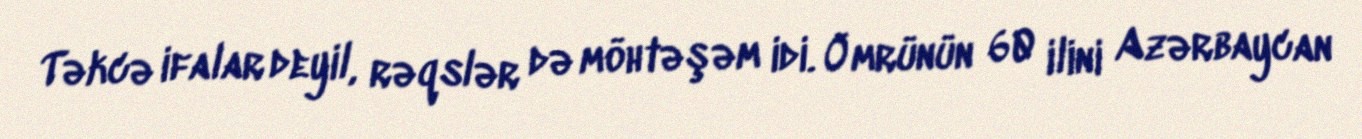
Təkcə ifalar deyil, rəqslər də möhtəşəm idi. Ömrünün 60 ilini Azərbaycan